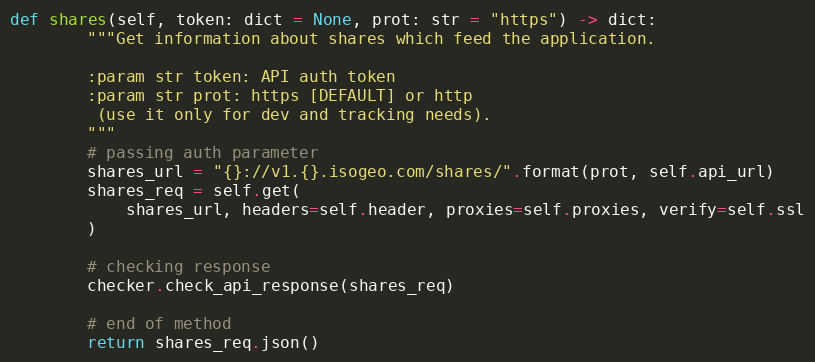
Language: Python
def shares(self, token: dict = None, prot: str = "https") -> dict:
        """Get information about shares which feed the application.

        :param str token: API auth token
        :param str prot: https [DEFAULT] or http
         (use it only for dev and tracking needs).
        """
        # passing auth parameter
        shares_url = "{}://v1.{}.isogeo.com/shares/".format(prot, self.api_url)
        shares_req = self.get(
            shares_url, headers=self.header, proxies=self.proxies, verify=self.ssl
        )

        # checking response
        checker.check_api_response(shares_req)

        # end of method
        return shares_req.json()